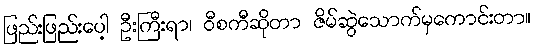
ဖြည်းဖြည်းပေါ့ ဦးကြီးရာ၊ ဝီစကီဆိုတာ ဇိမ်ဆွဲသောက်မှကောင်းတာ။